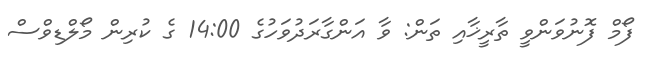
ފޯމް ފޮނުވަންވީ ތާރީޚާއި ތަން: ވާ އަންގާރަދުވަހުގެ 14:00 ގެ ކުރިން މޯލްޑިވްސް